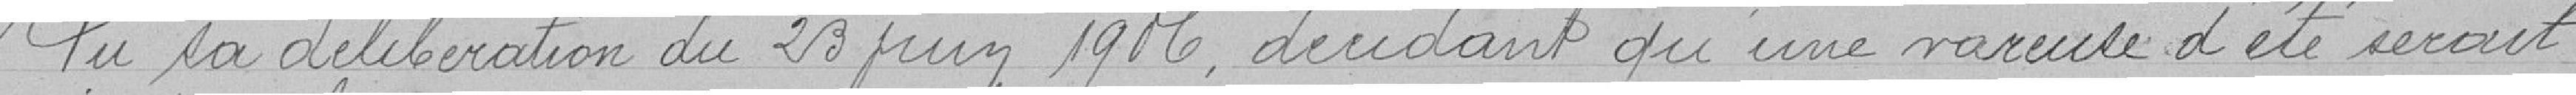
Vu sa délibération du 23 juin 1916 décidant qu'une vareuse d'été serait